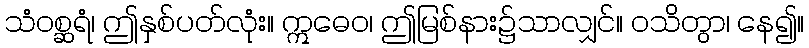
သံဝစ္ဆရံ၊ ဤနှစ်ပတ်လုံး။ ဣဓေဝ၊ ဤမြစ်နား၌သာလျှင်။ ဝသိတွာ၊ နေ၍။